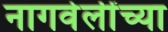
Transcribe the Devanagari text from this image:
नागवेलींच्या